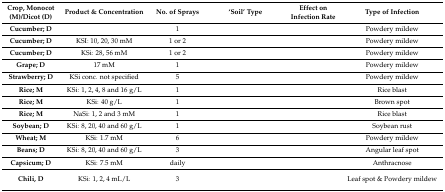
<table><thead><tr><td><b>Crop, Monocot (M)/Dicot (D)</b></td><td><b>Product &amp; Concentration</b></td><td><b>No. of Sprays</b></td><td><b>‘Soil’ Type</b></td><td><b>Effect on Infection Rate</b></td><td><b>Type of Infection</b></td></tr></thead><tbody><tr><td><b>Cucumber; D</b></td><td>[EMPTY_CELL]</td><td>1</td><td>[EMPTY_CELL]</td><td>[EMPTY_CELL]</td><td>Powdery mildew</td></tr><tr><td><b>Cucumber; D</b></td><td>KSI: 10, 20, 30 mM</td><td>1 or 2</td><td>[EMPTY_CELL]</td><td>[EMPTY_CELL]</td><td>Powdery mildew</td></tr><tr><td><b>Cucumber; D</b></td><td>KSi: 28, 56 mM</td><td>1 or 2</td><td>[EMPTY_CELL]</td><td>[EMPTY_CELL]</td><td>Powdery mildew</td></tr><tr><td><b>Grape; D</b></td><td>17 mM</td><td>1</td><td>[EMPTY_CELL]</td><td>[EMPTY_CELL]</td><td>Powdery mildew</td></tr><tr><td><b>Strawberry; D</b></td><td>KSi conc. not specified </td><td>5</td><td>[EMPTY_CELL]</td><td>[EMPTY_CELL]</td><td>Powdery mildew</td></tr><tr><td><b>Rice; M</b></td><td>KSi: 1, 2, 4, 8 and 16 g/L</td><td>1</td><td>[EMPTY_CELL]</td><td>[EMPTY_CELL]</td><td>Rice blast</td></tr><tr><td><b>Rice; M</b></td><td>KSi: 40 g/L</td><td>1</td><td>[EMPTY_CELL]</td><td>[EMPTY_CELL]</td><td>Brown spot</td></tr><tr><td><b>Rice; M</b></td><td>NaSi: 1, 2 and 3 mM</td><td>1</td><td>[EMPTY_CELL]</td><td>[EMPTY_CELL]</td><td>Rice blast</td></tr><tr><td><b>Soybean; D</b></td><td>KSi: 8, 20, 40 and 60 g/L</td><td>1</td><td>[EMPTY_CELL]</td><td>[EMPTY_CELL]</td><td>Soybean rust</td></tr><tr><td><b>Wheat; M</b></td><td>KSi: 1.7 mM</td><td>6</td><td>[EMPTY_CELL]</td><td>[EMPTY_CELL]</td><td>Powdery mildew</td></tr><tr><td><b>Beans; D</b></td><td>KSi: 8, 20, 40 and 60 g/L</td><td>3</td><td>[EMPTY_CELL]</td><td>[EMPTY_CELL]</td><td>Angular leaf spot</td></tr><tr><td><b>Capsicum; D</b></td><td>KSi: 7.5 mM</td><td>daily</td><td>[EMPTY_CELL]</td><td>[EMPTY_CELL]</td><td>Anthracnose</td></tr><tr><td><b>Chili, D</b></td><td>KSi: 1, 2, 4 mL/L</td><td>3</td><td>[EMPTY_CELL]</td><td>[EMPTY_CELL]</td><td>Leaf spot &amp; Powdery mildew </td></tr></tbody></table>